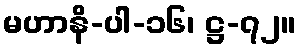
မဟာနိ-ပါ-၁၆၊ ဋ္ဌ-၇၂။